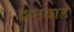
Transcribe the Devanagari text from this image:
दानवाड